Report on the Civil Veterinary Department, Eastern Bengal and Assam - 1907-1911
Year: 1907
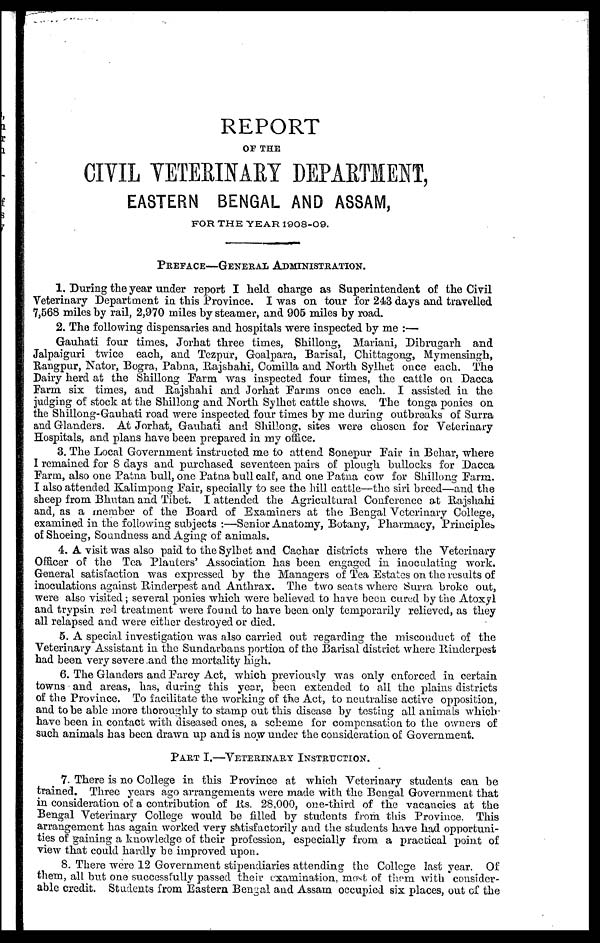
REPORT
OF THE
CIVIL VETERINARY DEPARTMENT,
EASTERN BENGAL AND ASSAM,
FOR THE YEAR 1908-09.
PREFACE—GENERAL ADMINISTRATION.
1. During the year under report I held charge as Superintendent of the Civil
Veterinary Department in this Province. I was on tour for 243 days and travelled
7,568 miles by rail, 2,970 miles by steamer, and 905 miles by road.
2. The following dispensaries and hospitals were inspected by me :—
Gauhati four times, Jorhat three times, Shillong, Mariani, Dibrugarh and
Jalpaiguri twice each, and Tezpur, Goalpara, Barisal, Chittagong, Mymensingh,
Rangpur, Nator, Bogra, Pabna, Rajshahi, Comilla and North Sylhet once each. The
Dairy herd at the Shillong Farm was inspected four times, the cattle on Dacca
Farm six times, and Rajshahi and Jorhat Farms once each. I assisted in the
judging of stock at the Shillong and North Sylhet cattle shows. The tonga ponies on
the Shillong-Gauhati road were inspected four times by me during outbreaks of Surra
and Glanders. At Jorhat, Gauhati and Shillong, sites were chosen for Veterinary
Hospitals, and plans have been prepared in my office.
3. The Local Government instructed me to attend Sonepur Fair in Behar, where
I remained for 8 days and purchased seventeen pairs of plough bullocks for Dacca
Farm, also one Patna bull, one Patna bull calf, and one Patna cow for Shillong Farm.
I also attended Kalimpong Fair, specially to see the hill cattle—the siri breed—and the
sheep from Bhutan and Tibet. I attended the Agricultural Conference at Rajshahi
and, as a member of the Board of Examiners at the Bengal Veterinary College,
examined in the following subjects :—Senior Anatomy, Botany, Pharmacy, Principles&
of Shoeing, Soundness and Aging of animals.
4. A visit was also paid to the Sylbet and Cachar districts where the Veterinary
Officer of the Tea Planters' Association has been engaged in inoculating work.
General satisfaction was expressed by the Managers of Tea Estates on the results of
inoculations against Rinderpest and Anthrax. The two seats where Surra broke out,
were also visited; several ponies which were believed to have been cured by the Atoxyl
and trypsin red treatment were found to have been only temporarily relieved, as they
all relapsed and were either destroyed or died.
5. A special investigation was also carried out regarding the misconduct of the
Veterinary Assistant in the Sundarbans portion of the Barisal district where Rinderpest
had been very severe .and the mortality high.
6. The Glanders and Farcy Act, which previously was only enforced in certain
towns and areas, has, during this year, been extended to all the plains districts
of the Province. To facilitate the working of the Act, to neutralise active opposition,
and to be able more thoroughly to stamp out this disease by testing all animals which
have been in contact with diseased ones, a scheme for compensation to the owners of
such animals has been drawn up and is now under the consideration of Government.
PART I.—VETERINARY INSTRUCTION.
7. There is no College in this Province at which Veterinary students can be
trained. Three years ago arrangements were made with the Bengal Government that
in consideration of a contribution of lis. 28,000, one-third of the vacancies at the
Bengal Veterinary College would be filled by students from this Province. This
arrangement has again worked very satisfactorily and the students have had opportuni-
ties of gaining a knowledge of their profession, especially from a practical point of
view that could hardly be improved upon.
8. There were 12 Government stipendiaries attending the College last year. Of
them, all but one successfully passed their examination, most of them with consider-
able credit. Students from Eastern Bengal and Assam occupied six places, out of the